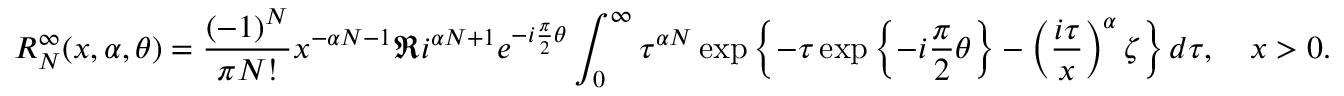
R _ { N } ^ { \infty } ( x , \alpha , \theta ) = \frac { ( - 1 ) ^ { N } } { \pi N ! } x ^ { - \alpha N - 1 } \Re i ^ { \alpha N + 1 } e ^ { - i \frac { \pi } { 2 } \theta } \int _ { 0 } ^ { \infty } \tau ^ { \alpha N } \exp \left\{ - \tau \exp \left\{ - i \frac { \pi } { 2 } \theta \right\} - \left( \frac { i \tau } { x } \right) ^ { \alpha } \zeta \right\} d \tau , \quad x > 0 .